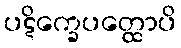
ပဋိက္ခေပတ္ထောပိ